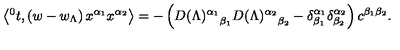
\left\langle { ^ 0 t } , \left( w - w _ { \Lambda } \right) x ^ { \alpha _ { 1 } } x ^ { \alpha _ { 2 } } \right\rangle = - \left( { D ( \Lambda ) ^ { \alpha _ { 1 } } } _ { \beta _ { 1 } } { D ( \Lambda ) ^ { \alpha _ { 2 } } } _ { \beta _ { 2 } } - \delta _ { \beta _ { 1 } } ^ { \alpha _ { 1 } } \delta _ { \beta _ { 2 } } ^ { \alpha _ { 2 } } \right) c ^ { \beta _ { 1 } \beta _ { 2 } } .